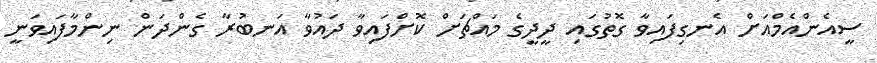
ސީއެންއެމްއަށް އެނގިފައިވާ ގޮތުގައި ދީދީގެ މައްޗަށް ކޮށްފައިވާ ދައުވާ އަނބުރާ ގެންދަން ނިންމާފައިވަނީ